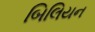
બિલિયન